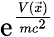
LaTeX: \mathrm e^{\frac{V(\vec{x})}{mc^{2}}}